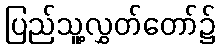
ပြည်သူ့လွှတ်တော်၌